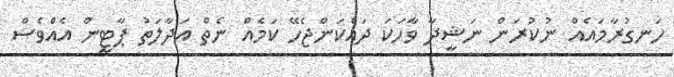
ހަނގުރާމައެއް ނުކުރަން ނަޝީދާ ވާހަކަ ދައްކަންޖެހޭ ކަމެއް ނެތް އަދާލަތު ޕާޓީން އެއްވެސް